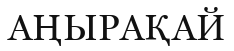
АҢЫРАҚАЙ